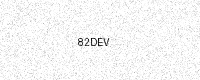
Text: 82DEV